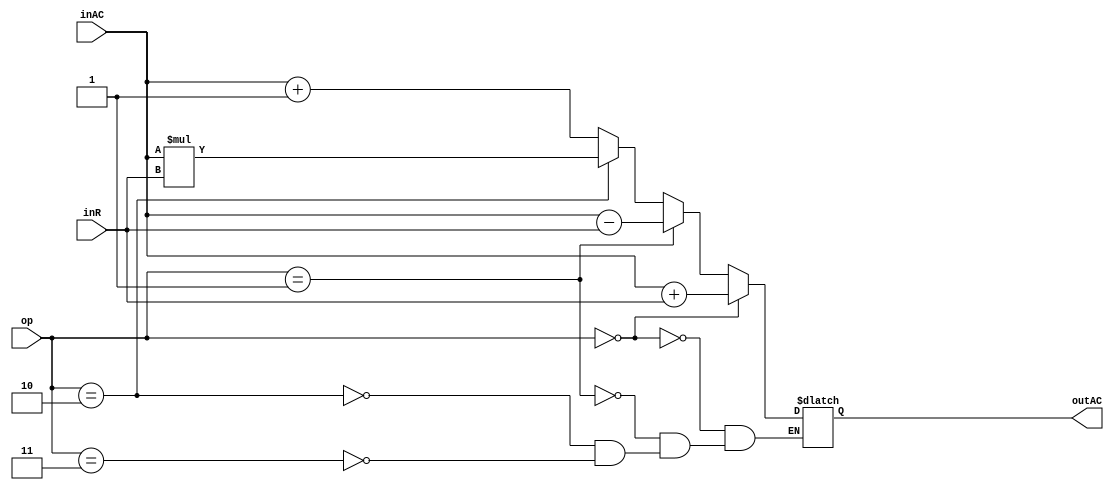
//author - Chathura Jayasankha Gamage

module ALU
(
input [15:0] inAC,
input [15:0] inR,
input [1:0] op,
output reg [15:0] outAC
);

always @(*)
begin
if(op==2'b00)
	outAC <=inAC+inR;
else if (op==2'b01)
	outAC <=inAC-inR;
else if (op==2'b10)
	outAC <=inAC*inR;
else if (op==2'b11)
	outAC <=inAC+1;
end

endmodule